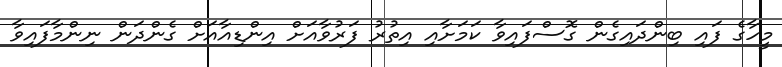
މީހާގެ ފައި ބިންދައިގެން ގޮސްފައިވާ ކަމަށާއި އިތުރު ފަރުވާއަށް އިންޑިއާއަށް ގެންދަން ނިންމާފައިވާ